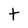
Character: t